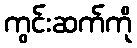
ကွင်းဆက်ကို